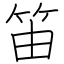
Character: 笛